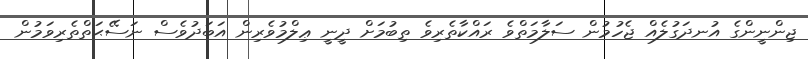
ޖިންނީންގެ އުނދަގުލެއް ޖެހުމުން ސަލާމަތްވެ ރައްކާތެރިވެ ތިބުމަށް ދީނީ ޢިލްމުވެރިން އަބަދުވެސް ނަސޭޙަތްތެރިވަމުން